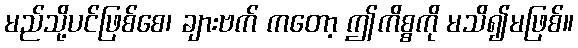
မည်သို့ပင်ဖြစ်စေ၊ ချားဗက် ကတော့ ဤကိစ္စကို မသိ၍မဖြစ်။